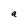
Character: a